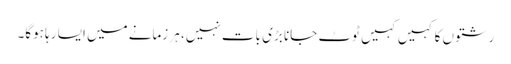
رشتوں کا کہیں کہیں ٹوٹ جانا بڑی بات نہیں، ہر زمانے میں ایسا رہا ہوگا۔